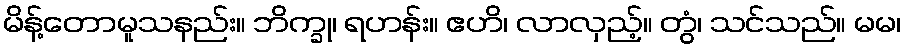
မိန့်တောမူသနည်း။ ဘိက္ခု၊ ရဟန်း။ ဧဟိ၊ လာလှည့်။ တွံ၊ သင်သည်။ မမ၊